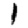
Digit: 1